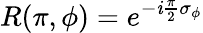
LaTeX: R(\pi,\phi)=e^{-\mathit{i}\frac{{\pi}}{{2}}\sigma_{\phi}}